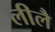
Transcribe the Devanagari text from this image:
लीलै